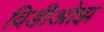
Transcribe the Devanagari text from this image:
विडीओझ